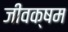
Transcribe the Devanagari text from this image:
जीवक्षम